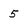
Character: 5